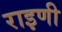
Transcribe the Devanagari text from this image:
राइणी